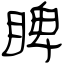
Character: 睥